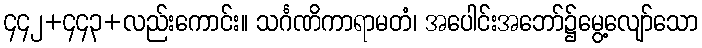
၄၄၂+၄၄၃+လည်းကောင်း။ သင်္ဂဏိကာရာမတံ၊ အပေါင်းအဘော်၌မွေ့လျော်သော